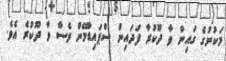
މަކުނުގެ ގައިން ވާ ދޫކުރާ ފަދައިން ސްޕައިޑާމޭން ވެސް ވާ ދޫކުރެ އެވެ.